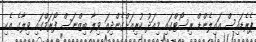
ޕެރެޑައިސް އައިލެންޑް ރިސޯޓްގައި މިއަދު ކުރިއަށްގެންދިއަ ވިލާ ބިޒްނަސް ފޯރަމްގައި ވިލާގެ އެކި